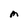
Character: M